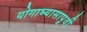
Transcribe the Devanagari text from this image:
योगाभ्यासापूर्वी